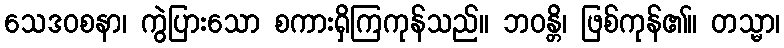
သေဒဝစနာ၊ ကွဲပြားသော စကားရှိကြကုန်သည်။ ဘဝန္တိ၊ ဖြစ်ကုန်၏။ တသ္မာ၊